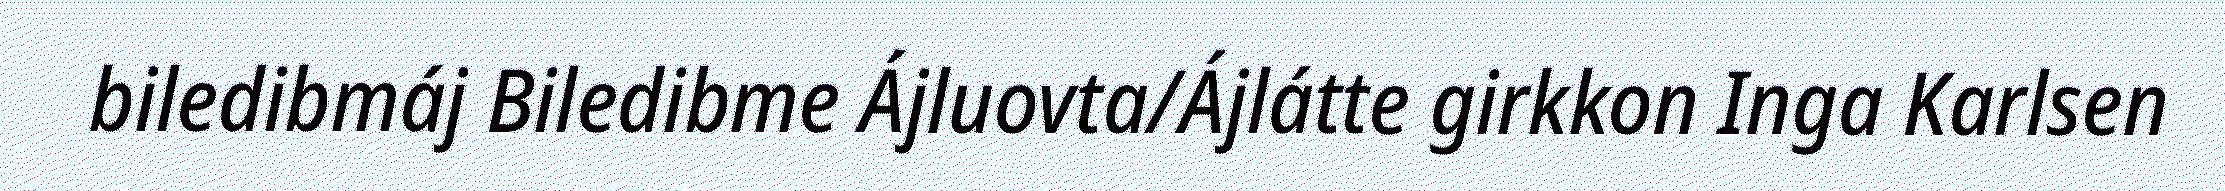
biledibmáj Biledibme Ájluovta/Ájlátte girkkon Inga Karlsen